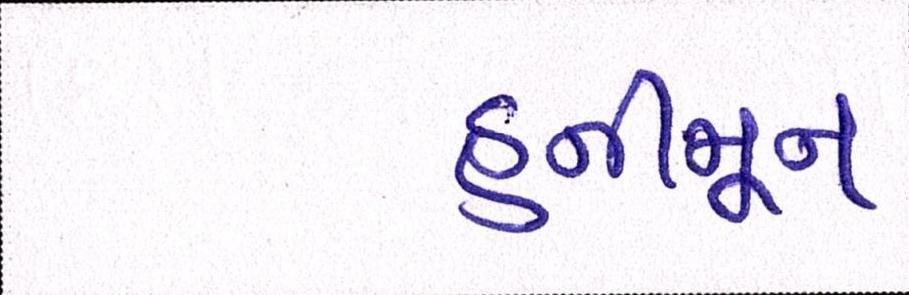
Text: હનીમૂન